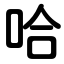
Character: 哈